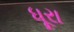
ધૂરા